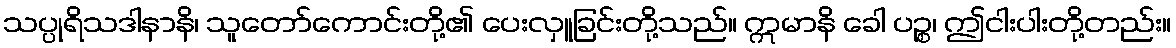
သပ္ပုရိသဒါနာနိ၊ သူတော်ကောင်းတို့၏ ပေးလှူခြင်းတို့သည်။ ဣမာနိ ခေါ ပဉ္စ၊ ဤငါးပါးတို့တည်း။